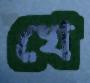
খে